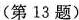
(第13题)